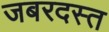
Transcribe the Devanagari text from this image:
जबरदस्त